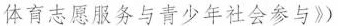
体育志愿服务与青少年社会参与》）